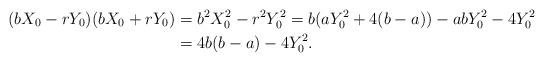
LaTeX: \begin{align*} (bX_0-rY_0)(bX_0+rY_0)&=b^2X_0^2-r^2Y_0^2=b(aY_0^2+4(b-a))-abY_0^2-4Y_0^2\\&=4b(b-a)-4Y_0^2.\end{align*}